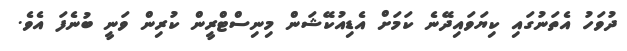
ދުވަހު އެތަނުގައި ކިޔަވައިދޭނެ ކަމަށް އެޑިއުކޭޝަން މިނިސްޓްރީން ކުރިން ވަނީ ބުނެފަ އެވެ.